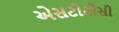
એસટીટીસી